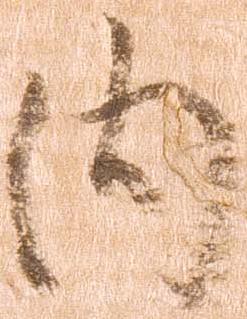
内